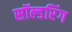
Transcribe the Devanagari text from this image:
सॉल्डरिंग